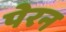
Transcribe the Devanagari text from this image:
पेरन